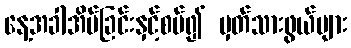
နေ့အခါအိပ်ခြင်းနှင့်စပ်၍ မှတ်သားဖွယ်များ